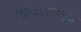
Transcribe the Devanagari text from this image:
चिकित्‍सालय